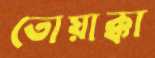
তোয়াক্কা